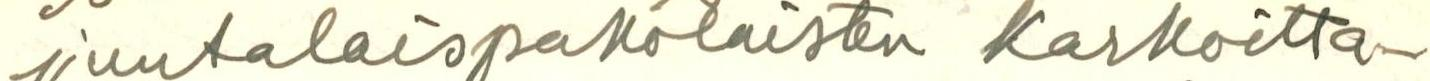
juutalaispakolaisten karkoitta-